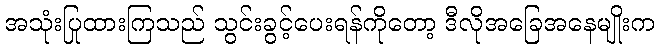
အသုံးပြုထားကြသည် သွင်းခွင့်ပေးရန်ကိုတော့ ဒီလိုအခြေအနေမျိုးက